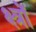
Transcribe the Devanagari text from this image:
क्ष्त्रों